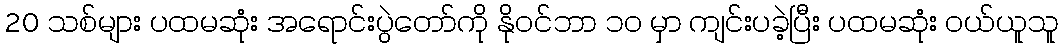
20 သစ်များ ပထမဆုံး အရောင်းပွဲတော်ကို နိုဝင်ဘာ ၁၀ မှာ ကျင်းပခဲ့ပြီး ပထမဆုံး ဝယ်ယူသူ